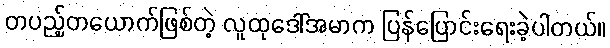
တပည့်တယောက်ဖြစ်တဲ့ လူထုဒေါ်အမာက ပြန်ပြောင်းရေးခဲ့ပါတယ်။